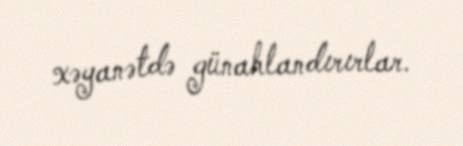
xəyanətdə günahlandırırlar.